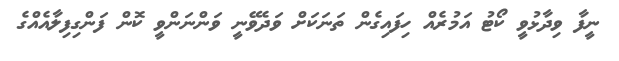
ނީފާ ވިދާޅުވީ ކޯޓު އަމުރެއް ހިފައިގެން ތަނަކަށް ވަދެވޭނީ ވަންނަންވީ ކޮން ފަންގިފިލާއެއްގެ